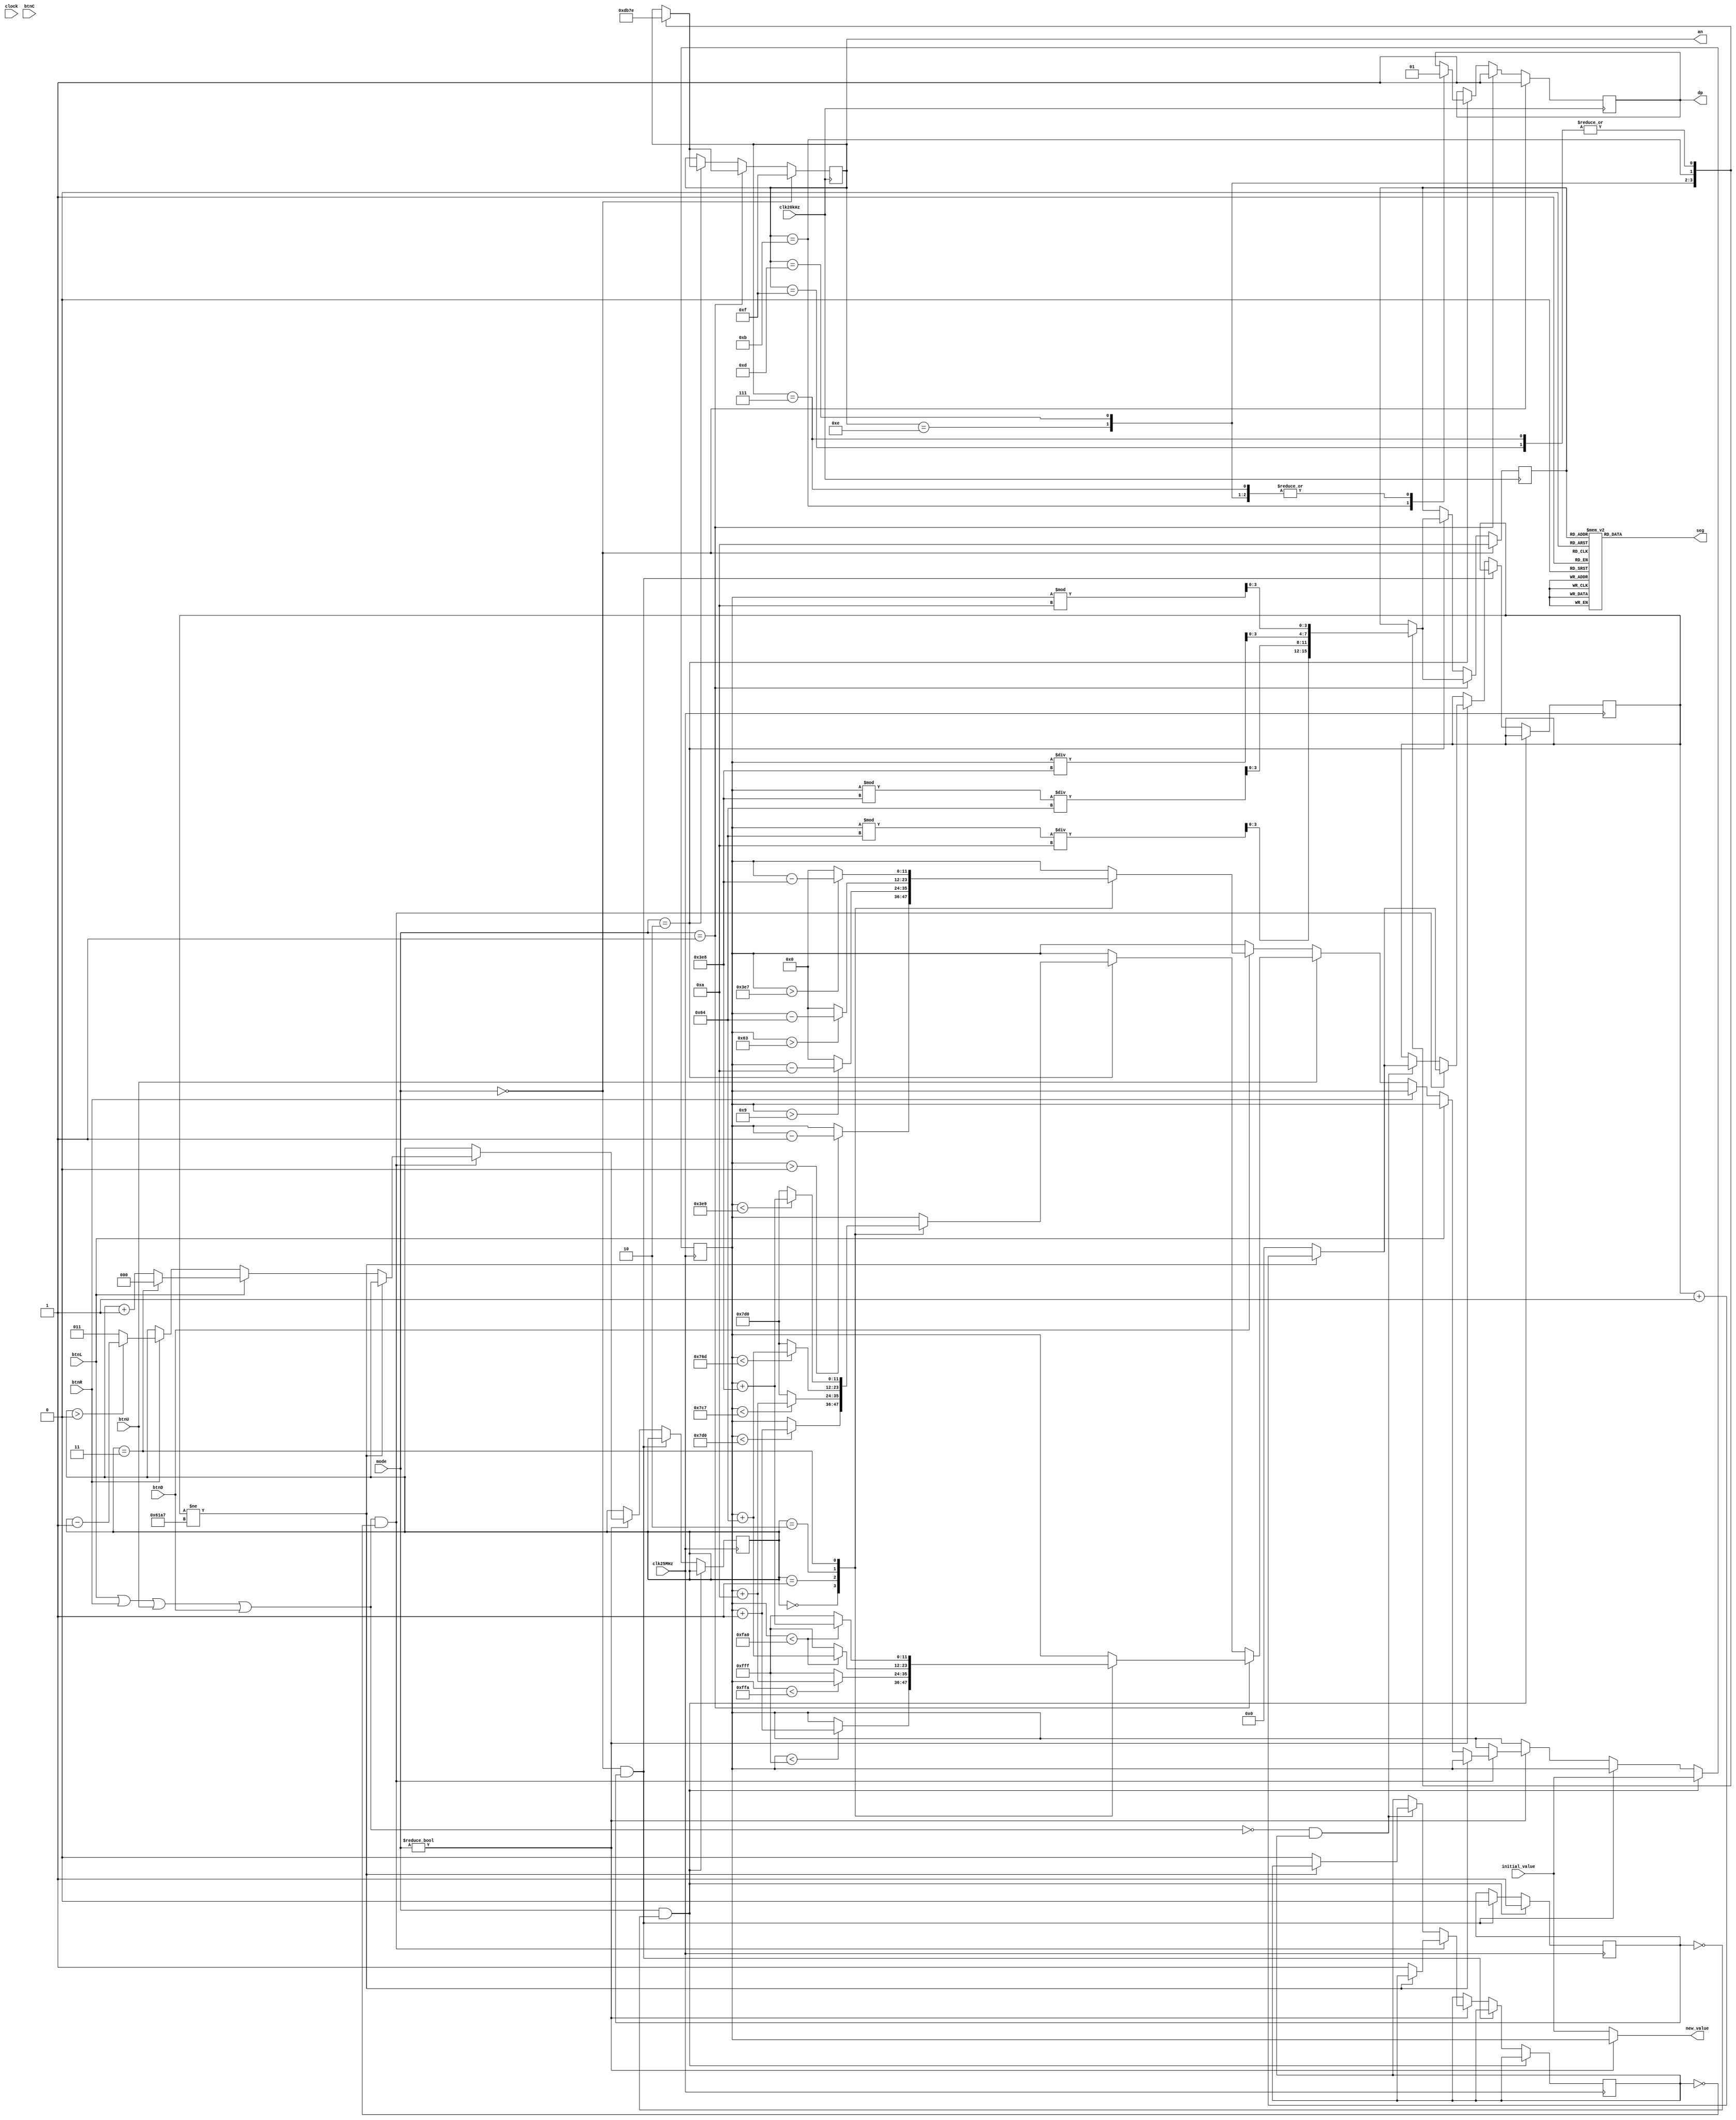
`timescale 1ns / 1ps
//////////////////////////////////////////////////////////////////////////////////
// Company: 
// Engineer: 
// 
// Design Name: 
// Module Name: toneSetter
// Project Name: 
// Target Devices: 
// Tool Versions: 
// Description: 
// 
// Dependencies: 
// 
// Revision:
// Revision 0.01 - File Created
// Additional Comments:
// 
//////////////////////////////////////////////////////////////////////////////////


module toneSetter(
    input clock,
    input clk20kHz,
    input clk25MHz,
    input [11:0] initial_value,
    input [2:0] mode,
    input btnC,
    input btnL,
    input btnR,
    input btnU,
    input btnD,
    output reg [6:0] seg = 7'b1111111,
    output reg dp = 1,
    output reg [3:0] an = 4'b1111,
    output reg [11:0] new_value = 0
    );
    
    reg [11:0] curr_value = 0;
    reg [3:0] num = 10;
    
    reg unclick_flag = 0;
    reg init_flag = 0;
    reg [2:0] place = 0;
    reg [17:0] debounce_count = 0;
    reg [17:0] debounce_expected = 24999;
    
    always @(posedge clk25MHz) begin
        if (mode && !init_flag) begin
            curr_value <= initial_value;
            init_flag <= 1;
        end
        else if (!mode && init_flag) begin
            init_flag <= 0;
        end
        else if (mode) begin
            if ((btnL || btnR || btnU || btnD) && !unclick_flag) begin
                if (debounce_count != debounce_expected) begin
                    debounce_count <= debounce_count + 1;
                end else begin
                    debounce_count <= 0;
                    unclick_flag <= 1;
                    if (btnL) begin
                        if (place == 3) place <= 0; 
                        else place <= place + 1;
                    end
                    else if (btnR) begin
                        if (place > 0) place <= place - 1;
                        else place <= 3;
                    end
                    else if (btnU) begin
                        if (mode == 1) begin
                            case (place)
                                0:begin
                                    if (curr_value < 4095) curr_value <= curr_value + 1;
                                end
                                1:begin
                                    if (curr_value < 4090) curr_value <= curr_value + 10;
                                    else curr_value <= 4095;
                                end
                                2:begin
                                    if (curr_value < 4000) curr_value <= curr_value + 100;
                                    else curr_value <= 4095;
                                end
                                3:begin
                                    if (curr_value < 4000) curr_value <= curr_value + 1000;
                                    else curr_value <= 4095;
                                end
                            endcase
                        end
                        else if (mode == 2) begin
                            case (place)
                                0:begin
                                    if (curr_value < 2000) curr_value <= curr_value + 1;
                                end
                                1:begin
                                    if (curr_value < 1991) curr_value <= curr_value + 10;
                                    else curr_value <= 2000;
                                end
                                2:begin
                                    if (curr_value < 1901) curr_value <= curr_value + 100;
                                    else curr_value <= 2000;
                                end
                                3:begin
                                    if (curr_value < 1001) curr_value <= curr_value + 1000;
                                    else curr_value <= 2000;
                                end
                            endcase
                        end
                    end
                    else if (btnD) begin
                        case (place)
                            0:begin
                                if (curr_value > 0) curr_value <= curr_value - 1;
                            end
                            1:begin
                                if (curr_value > 9) curr_value <= curr_value - 10;
                                else curr_value <= 0;
                            end
                            2:begin
                                if (curr_value > 99) curr_value <= curr_value - 100;
                                else curr_value <= 0;
                            end
                            3:begin
                                if (curr_value > 999) curr_value <= curr_value - 1000;
                                else curr_value <= 0;
                            end
                        endcase
                    end
                end  
            end 
            else if (!(btnL || btnR || btnU || btnD) && unclick_flag) begin
                if (debounce_count != debounce_expected) begin
                    debounce_count <= debounce_count + 1;
                end else begin
                    unclick_flag <= 0;
                    debounce_count <= 0;
                end
            end
        end
    end
    
    always @(posedge clk20kHz) begin
        if (mode == 0) begin 
            num <= 10;
            dp <= 1;
            an <= 4'b1111;
        end
        //frequency max = 9999Hz
        else if (mode == 1) begin
            dp <= 1;
            case(an)
                4'b1111:begin
                    an <= 4'b1110;
                    num <= curr_value % 10;
                end
                4'b1110:begin
                    an <= 4'b1101;
                    num <= (curr_value % 100) / 10;
                end
                4'b1101:begin
                    an <= 4'b1011;
                    num <= (curr_value % 1000) / 100;
                end
                4'b1011:begin
                    an <= 4'b0111;
                    num <= curr_value / 1000;
                end
                4'b0111:begin
                    an <= 4'b1110; 
                    num <= curr_value % 10;
                end
            endcase
        end
        //duration max = 2.000 sec
        else if (mode == 2) begin
             case(an)
                4'b1111:begin
                    an <= 4'b1110;
                    dp <= 1;
                    num <= curr_value % 10;
                end
                4'b1110:begin
                    an <= 4'b1101;
                    dp <= 1;
                    num <= (curr_value % 100) / 10;
                end
                4'b1101:begin
                    an <= 4'b1011;
                    dp <= 1;
                    num <= (curr_value % 1000) / 100;
                end
                4'b1011:begin
                    an <= 4'b0111;
                    dp <= 0;
                    num <= curr_value / 1000;
                end
                4'b0111:begin
                    an <= 4'b1110; 
                    dp <= 1;
                    num <= curr_value % 10;
                end
            endcase
        end  
    end
    
    always @(curr_value) begin
        if (mode) new_value <= curr_value;
        else new_value <= initial_value;
    end
    
    always @(*) begin
        case(num)
            0:begin
                seg <= 7'b1000000;
            end
            1:begin
                seg <= 7'b1111001;
            end
            2:begin
                seg <= 7'b0100100;
            end
            3:begin
                seg <= 7'b0110000;
            end
            4:begin
                seg <= 7'b0011001;
            end
            5:begin
                seg <= 7'b0010010;
            end
            6:begin
                seg <= 7'b0000010;
            end
            7:begin
                seg <= 7'b1111000;
            end
            8:begin
                seg <= 7'b0000000;
            end
            9:begin
                seg <= 7'b0010000;
            end
            default:begin
                seg <= 7'b1111111;
            end
        endcase
    end
    
endmodule